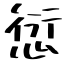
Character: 愆